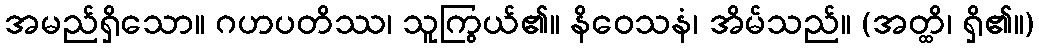
အမည်ရှိသော။ ဂဟပတိဿ၊ သူကြွယ်၏။ နိဝေသနံ၊ အိမ်သည်။ (အတ္ထိ၊ ရှိ၏။)